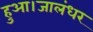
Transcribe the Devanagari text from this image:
हुआ।जालंधर